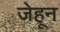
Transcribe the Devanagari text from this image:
जेहून